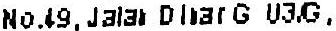
NO.49, JALAN DLNARG U3/G,